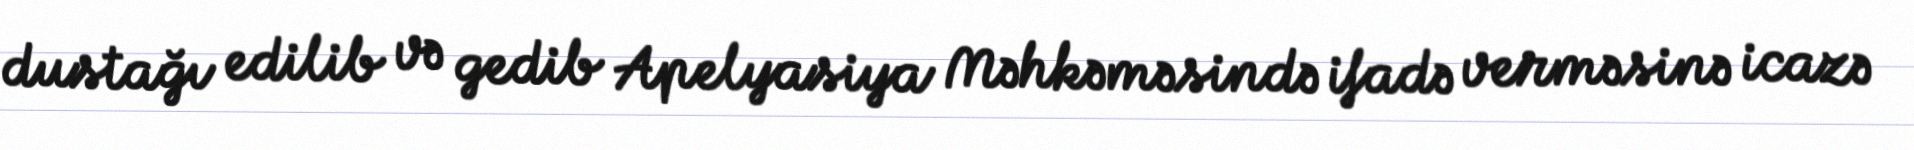
dustağı edilib və gedib Apelyasiya Məhkəməsində ifadə verməsinə icazə